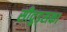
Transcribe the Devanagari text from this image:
सीवुड्सका